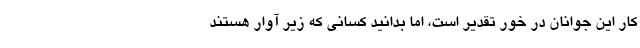
کار این جوانان در خور تقدیر است، اما بدانید کسانی که زیر آوار هستند